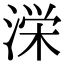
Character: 𭱚